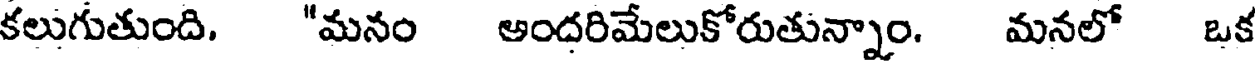
కలుగుతుంది. "మనం అందరిమేలుకోరుతున్నాం. మనలో ఒక